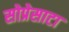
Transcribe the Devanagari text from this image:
सोप्रेसाटा